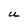
Character: U